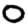
Digit: 0